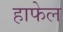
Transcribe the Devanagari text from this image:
हाफेल